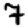
Digit: 7